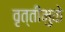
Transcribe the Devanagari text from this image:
वृत्तींमुळे